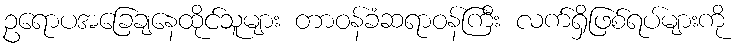
ဥရောပအခြေချနေထိုင်သူများ တာဝန်ခံဆရာဝန်ကြီး လက်ရှိဖြစ်ရပ်များကို